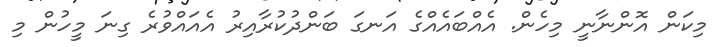
މިކަން އޮންނާނީ މިހެން. އެއްބައެއްގެ އަނގަ ބަންދުކުރާއިރު އެއައްވުރެ ގިނަ މީހުން މި